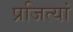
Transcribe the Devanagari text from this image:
प्रजित्यां